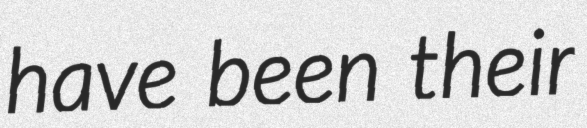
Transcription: have been their